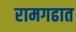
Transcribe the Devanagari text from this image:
रामगढात